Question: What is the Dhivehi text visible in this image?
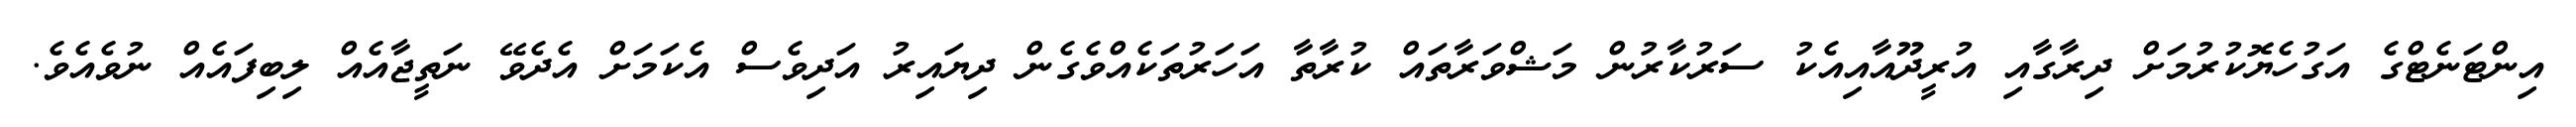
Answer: އިންޓަނެޓްގެ އަގުހެޔޮކުރުމަށް ދިރާގާއި އުރީދޫއާއިއެކު ސަރުކާރުން މަޝްވަރާތައް ކުރާތާ އަހަރުތަކެއްވެގެން ދިޔައިރު އަދިވެސް އެކަމަށް އެދެވޭ ނަތީޖާއެއް ލިބިފައެއް ނުވެއެވެ.